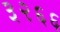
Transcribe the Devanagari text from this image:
३२६६